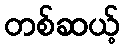
တစ်ဆယ့်